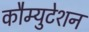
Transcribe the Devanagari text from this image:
कौम्युटेशन